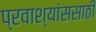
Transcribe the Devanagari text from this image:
प्रवाश्यांससाठी